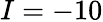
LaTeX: I=-10